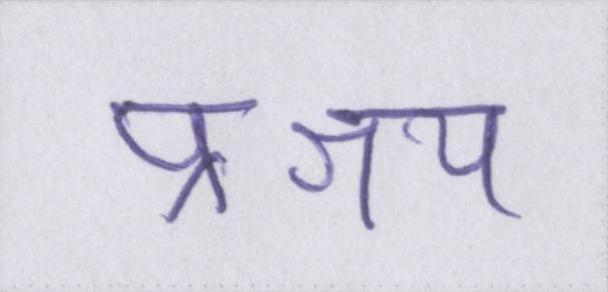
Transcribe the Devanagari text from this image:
प्रश्रय